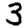
Digit: 3